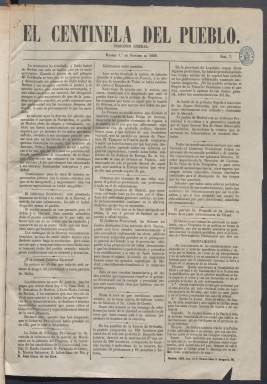
Título: El Centinela del pueblo
Colección: Periódicos
Ámbito geográfico: Madrid
Lugar de publicación: Madrid
Fechas: 01/10/1868-31/12/1869